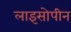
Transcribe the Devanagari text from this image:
लाइसोपीन